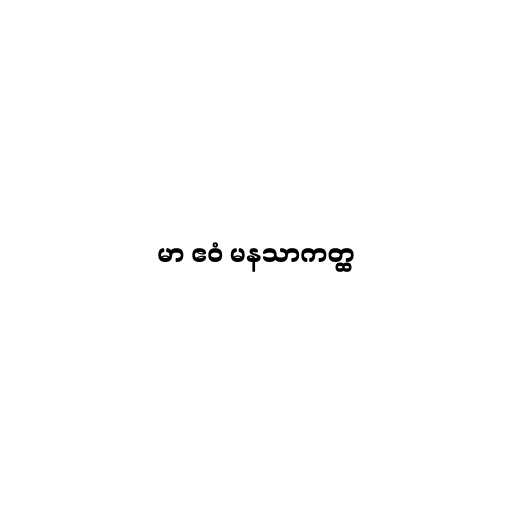
မာ ဧဝံ မနသာကတ္ထ